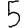
Digit: 5